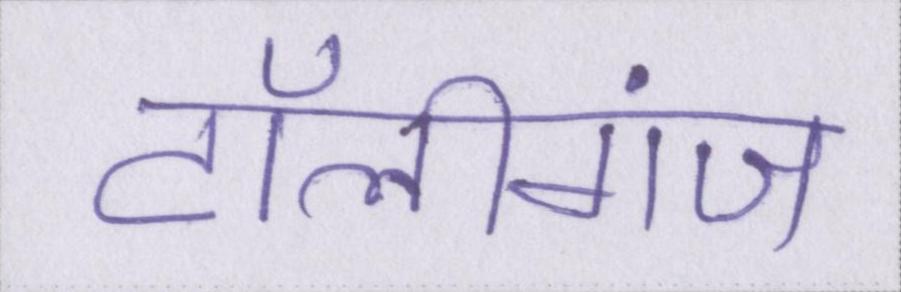
टॉलीगंज